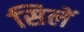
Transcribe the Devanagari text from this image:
सिलें